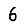
Digit: 6